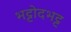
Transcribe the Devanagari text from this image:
भट्टोदभट्ट